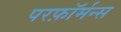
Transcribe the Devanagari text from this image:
परफ़ॉर्मन्स